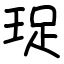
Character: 珿